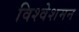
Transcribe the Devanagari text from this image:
विश्वेशमन